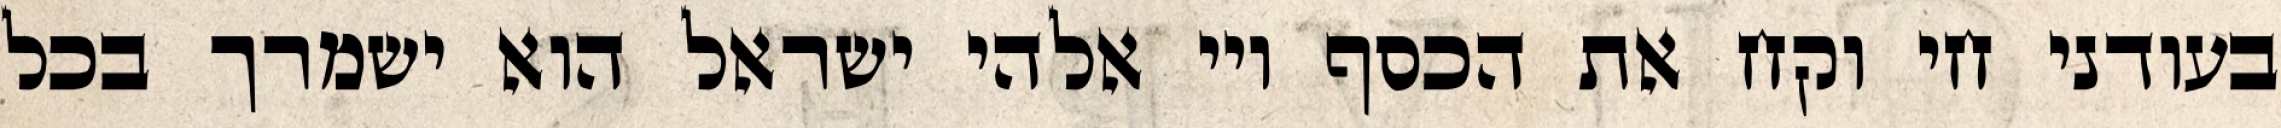
בעודני חי וקח את הכסף ויי אלהי ישראל הוא ישמרך בכל